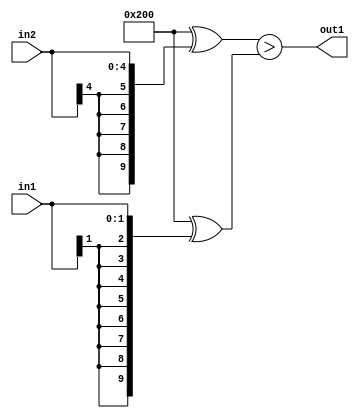
`timescale 1ps / 1ps
/*****************************************************************************
    Verilog RTL Description
    
    
    Created by: Stratus DpOpt 21.05.01 
*******************************************************************************/

module dut_GreaterThan_5Sx2S_1U_1 (
	in2,
	in1,
	out1
	); /* architecture "behavioural" */ 
input [4:0] in2;
input [1:0] in1;
output  out1;
wire  asc001;

assign asc001 = ((10'B1000000000 ^ {{5{in2[4]}}, in2})>(10'B1000000000 ^ {{8{in1[1]}}, in1}));

assign out1 = asc001;
endmodule

/* CADENCE  ubb4SgE= : u9/ySxbfrwZIxEzHVQQV8Q== ** DO NOT EDIT THIS LINE ******/